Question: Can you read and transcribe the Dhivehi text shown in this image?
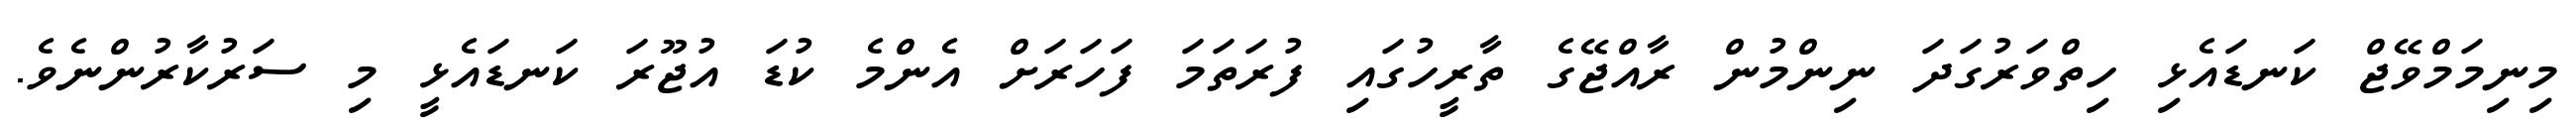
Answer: މިނިމަމްވޭޖް ކަނޑައެޅި ހިތްވަރުގަދަ ނިންމުން ރާއްޖޭގެ ތާރީހުގައި ފުރަތަމަ ފަހަރަށް އެންމެ ކުޑަ އުޖޫރަ ކަނޑައެޅީ މި ސަރުކާރުންނެވެ.